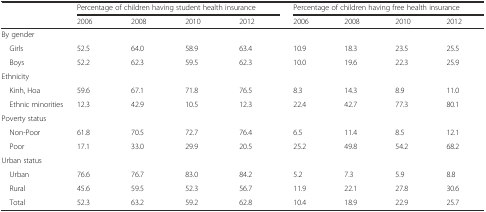
| <ROWSPAN=2>  | <COLSPAN=4> Percentage of children having student health insurance | <COLSPAN=4> Percentage of children having free health insurance |
 | 2006 | 2008 | 2010 | 2012 | 2006 | 2008 | 2010 | 2012 |
 | --- | --- | --- | --- | --- | --- | --- | --- | --- |
 | <COLSPAN=9> By gender |
 | Girls | 52.5 | 64.0 | 58.9 | 63.4 | 10.9 | 18.3 | 23.5 | 25.5 |
 | Boys | 52.2 | 62.3 | 59.5 | 62.3 | 10.0 | 19.6 | 22.3 | 25.9 |
 | <COLSPAN=9> Ethnicity |
 | Kinh, Hoa | 59.6 | 67.1 | 71.8 | 76.5 | 8.3 | 14.3 | 8.9 | 11.0 |
 | Ethnic minorities | 12.3 | 42.9 | 10.5 | 12.3 | 22.4 | 42.7 | 77.3 | 80.1 |
 | <COLSPAN=9> Poverty status |
 | Non-Poor | 61.8 | 70.5 | 72.7 | 76.4 | 6.5 | 11.4 | 8.5 | 12.1 |
 | Poor | 17.1 | 33.0 | 29.9 | 20.5 | 25.2 | 49.8 | 54.2 | 68.2 |
 | <COLSPAN=9> Urban status |
 | Urban | 76.6 | 76.7 | 83.0 | 84.2 | 5.2 | 7.3 | 5.9 | 8.8 |
 | Rural | 45.6 | 59.5 | 52.3 | 56.7 | 11.9 | 22.1 | 27.8 | 30.6 |
 | Total | 52.3 | 63.2 | 59.2 | 62.8 | 10.4 | 18.9 | 22.9 | 25.7 |